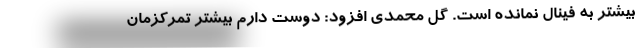
بیشتر به فینال نمانده است. گل محمدی افزود: دوست دارم بیشتر تمرکزمان